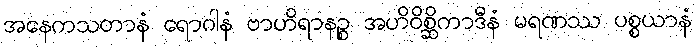
အနေကသတာနံ ရောဂါနံ ဗာဟိရာနဉ္စ အဟိဝိစ္ဆိကာဒီနံ မရဏဿ ပစ္စယာနံ